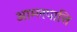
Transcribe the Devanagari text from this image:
आम्लपात्ति